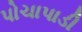
પોચાપાડી